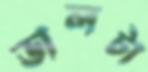
ডালটা